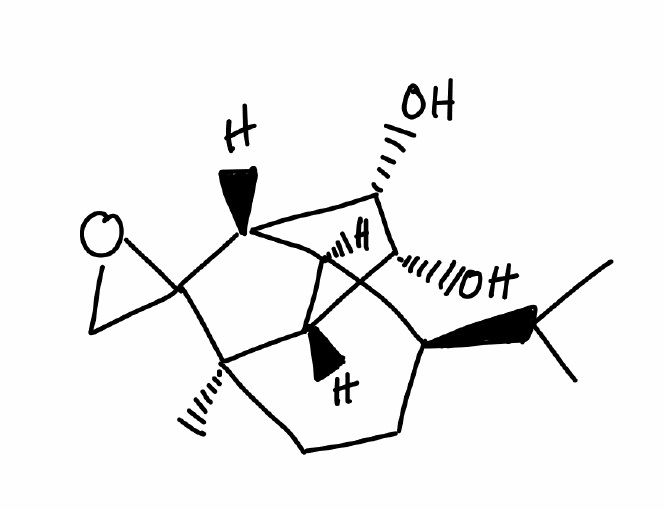
Simplified molecular-input line-entry system (SMILES) notation of the given molecule:
CC(C)[C@H]1CC[C@@]2([C@@H]3[C@H]1[C@H](C24CO4)[C@@H]([C@@H]3O)O)C